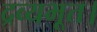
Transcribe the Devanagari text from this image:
द्रव्यभूत।